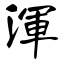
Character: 浑